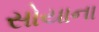
સોયાના